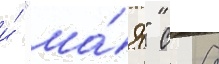
и́ "ма́я" с 8